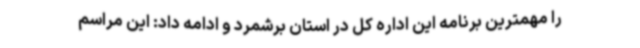
را مهمترین برنامه این اداره کل در استان برشمرد و ادامه داد: این مراسم